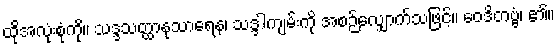
ထိုအလုံးစုံကို။ သဒ္ဒသတ္ထာနုသာရေန၊ သဒ္ဒါကျမ်းကို အစဉ်လျှောက်သဖြင့်။ ဝေဒိတဗ္ဗံ၊ ၏။